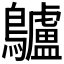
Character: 𪈒